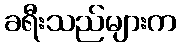
ခရီးသည်များက